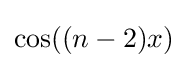
\cos((n-2)x)